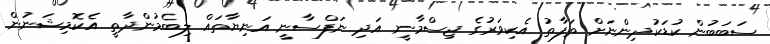
ސަބަބުން ކުޑަކުދިންނަށް ތަފާތު އެކިވަރުގެ ޖިސްމާނީ އަދި ނަފްސާނީ އަނިޔާތައް ލިބެމުންދާތީ އެކޮމިޝަނުން